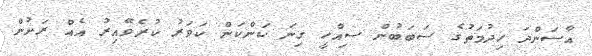
އާސަންދަ ހިދުމަތުގެ ސަބަބުން ސިއްހީ ގިނަ ކަންކަން ކަވަރު ކުރެވޭއިރު އެއް ރަށުން